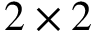
2 \times 2